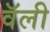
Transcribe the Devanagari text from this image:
वॅली